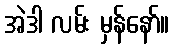
အဲဒါ လမ်း မှန်နော်။